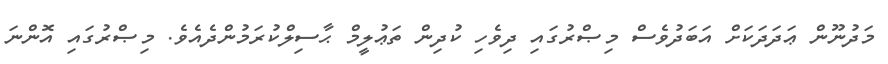
މަދުނޫން ޢަދަދަކަށް އަބަދުވެސް މިޞްރުގައި ދިވެހި ކުދިން ތަޢުލީމް ޙާސިލްކުރަމުންދެއެވެ. މިޞްރުގައި އޮންނަ